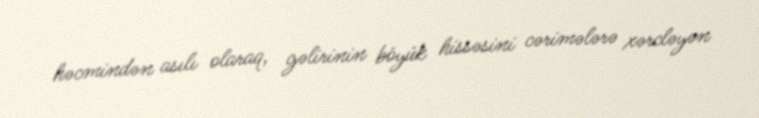
həcmindən asılı olaraq, gəlirinin böyük hissəsini cərimələrə xərcləyən